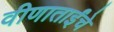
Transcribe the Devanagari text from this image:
वीणाताईंचे